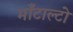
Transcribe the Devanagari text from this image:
माँटाल्टो